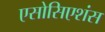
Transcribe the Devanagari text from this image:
एसोसिएशंस